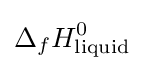
\Delta _{f}H_{\text{liquid}}^{0}